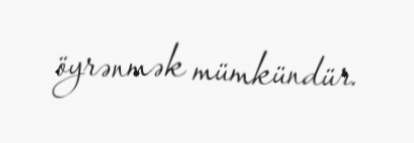
öyrənmək mümkündür.